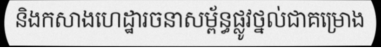
និងកសាងហេដ្ឋារចនាសម្ព័ន្ធផ្លូវថ្នល់ជាគម្រោង